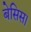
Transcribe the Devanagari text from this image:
बेसिस।